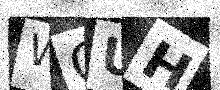
Text: WQUH